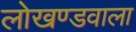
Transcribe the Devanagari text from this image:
लोखण्डवाला